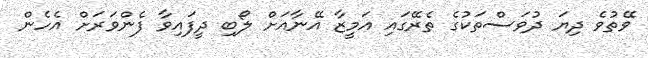
ވޭތުވެ ދިޔަ ދުވަސްތަކުގެ ތެރޭގައި އަމީޒާ އޭނާއަށް ލޯބި ދީފައިވާ ފެންވަރަށް އެހެން